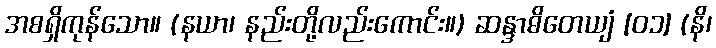
အစရှိကုန်သော။ (နယာ၊ နည်းတို့လည်းကောင်း။) ဆန္ဒာဓိတေယျံ [၀၁] (နိ၊